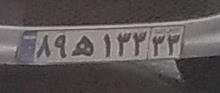
۸۹ه۱۳۳۳۳